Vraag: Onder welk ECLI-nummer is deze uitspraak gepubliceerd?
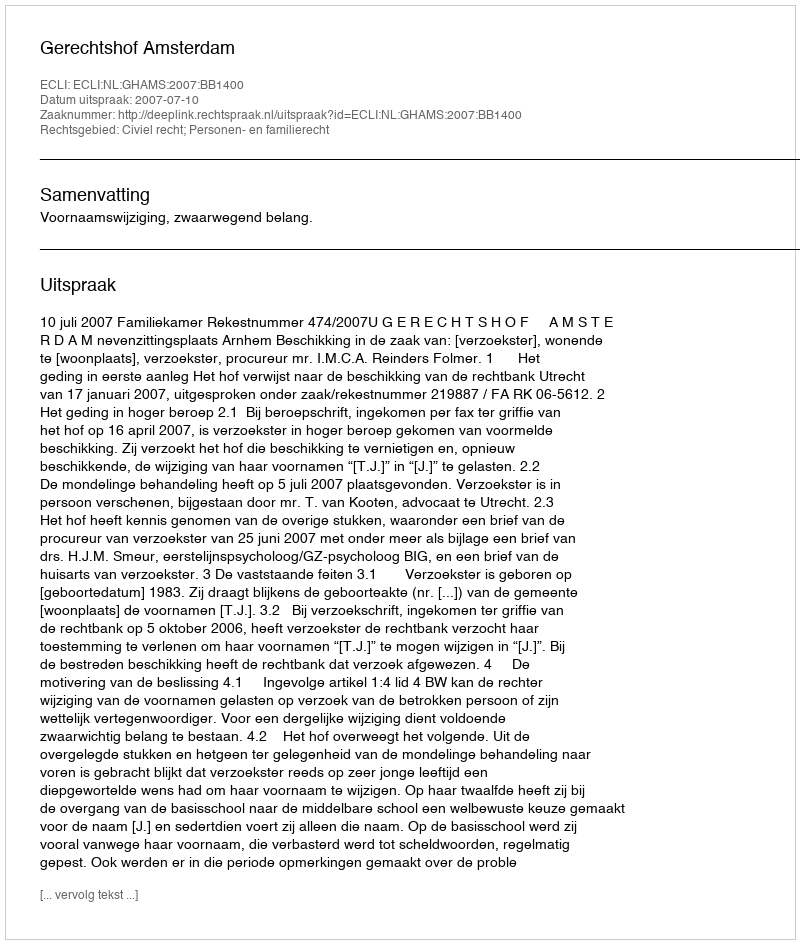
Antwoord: ECLI:NL:GHAMS:2007:BB1400